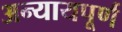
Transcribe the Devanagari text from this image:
अन्‍यायपूर्ण